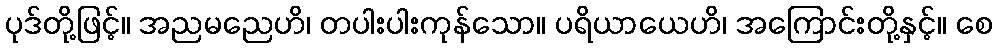
ပုဒ်တို့ဖြင့်။ အညမညေဟိ၊ တပါးပါးကုန်သော။ ပရိယာယေဟိ၊ အကြောင်းတို့နှင့်။ စေ